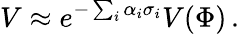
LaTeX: V\approx e^{-\sum_{i}\alpha_{i}\sigma_{i}}V(\Phi)\, .